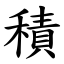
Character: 積